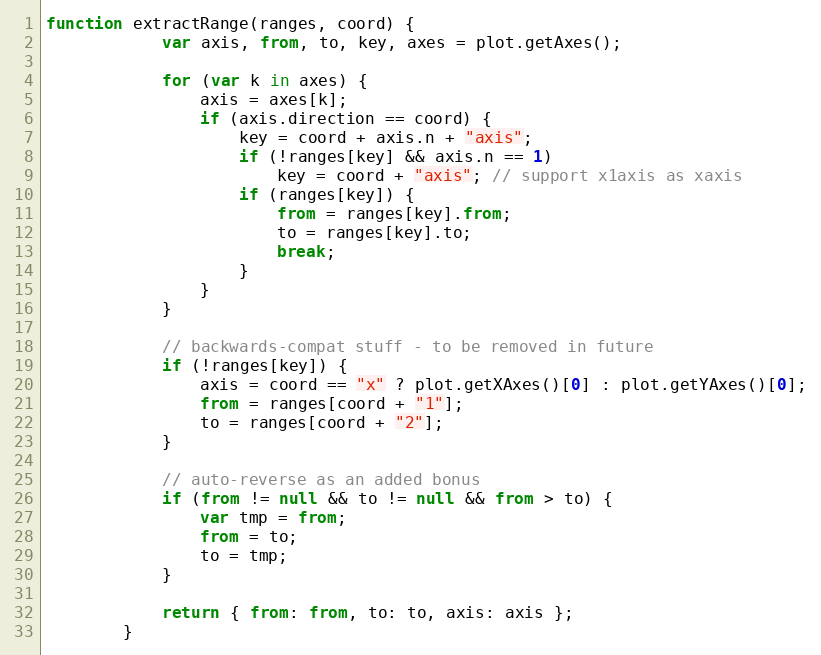
Language: JavaScript
function extractRange(ranges, coord) {
            var axis, from, to, key, axes = plot.getAxes();

            for (var k in axes) {
                axis = axes[k];
                if (axis.direction == coord) {
                    key = coord + axis.n + "axis";
                    if (!ranges[key] && axis.n == 1)
                        key = coord + "axis"; // support x1axis as xaxis
                    if (ranges[key]) {
                        from = ranges[key].from;
                        to = ranges[key].to;
                        break;
                    }
                }
            }

            // backwards-compat stuff - to be removed in future
            if (!ranges[key]) {
                axis = coord == "x" ? plot.getXAxes()[0] : plot.getYAxes()[0];
                from = ranges[coord + "1"];
                to = ranges[coord + "2"];
            }

            // auto-reverse as an added bonus
            if (from != null && to != null && from > to) {
                var tmp = from;
                from = to;
                to = tmp;
            }

            return { from: from, to: to, axis: axis };
        }